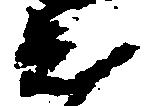
知